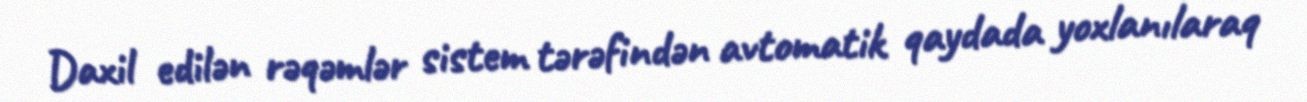
Daxil edilən rəqəmlər sistem tərəfindən avtomatik qaydada yoxlanılaraq